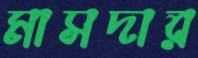
মাসদার